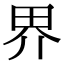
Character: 界